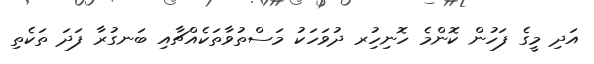
އަދި މީގެ ފަހުން ކޮންމެ ހޮނިހިުރ ދުވަހަކު މަސްތުވާތަކެއްޗާއި ބަނގުރާ ފަދަ ތަކެތި